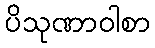
ပိသုဏာဝါစာ